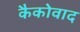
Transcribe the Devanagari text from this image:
कैकोवाद